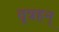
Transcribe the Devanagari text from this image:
वृत्रहन्